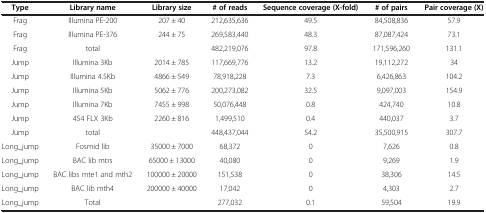
<table><thead><tr><td><b>Type</b></td><td><b>Library name</b></td><td><b>Library size</b></td><td><b># of reads</b></td><td><b>Sequence coverage (X-fold)</b></td><td><b># of pairs</b></td><td><b>Pair coverage (X)</b></td></tr></thead><tbody><tr><td>Frag</td><td>Illumina PE-200</td><td>207 ± 40</td><td>212,635,636</td><td>49.5</td><td>84,508,836</td><td>57.9</td></tr><tr><td>Frag</td><td>Illumina PE-376</td><td>244 ± 75</td><td>269,583,440</td><td>48.3</td><td>87,087,424</td><td>73.1</td></tr><tr><td>Frag</td><td>total</td><td> </td><td>482,219,076</td><td>97.8</td><td>171,596,260</td><td>131.1</td></tr><tr><td>Jump</td><td>Illumina 3Kb</td><td>2014 ± 785</td><td>117,669,776</td><td>13.2</td><td>19,112,272</td><td>34</td></tr><tr><td>Jump</td><td>Illumina 4.5Kb</td><td>4866 ± 549</td><td>78,918,228</td><td>7.3</td><td>6,426,863</td><td>104.2</td></tr><tr><td>Jump</td><td>Illumina 5Kb</td><td>5062 ± 776</td><td>200,273,082</td><td>32.5</td><td>9,097,003</td><td>154.9</td></tr><tr><td>Jump</td><td>Illumina 7Kb</td><td>7455 ± 998</td><td>50,076,448</td><td>0.8</td><td>424,740</td><td>10.8</td></tr><tr><td>Jump</td><td>454 FLX 3Kb</td><td>2260 ± 816</td><td>1,499,510</td><td>0.4</td><td>440,037</td><td>3.7</td></tr><tr><td>Jump</td><td>total</td><td> </td><td>448,437,044</td><td>54.2</td><td>35,500,915</td><td>307.7</td></tr><tr><td>Long_jump</td><td>Fosmid lib</td><td>35000 ± 7000</td><td>68,372</td><td>0</td><td>7,626</td><td>0.8</td></tr><tr><td>Long_jump</td><td>BAC lib mtrs</td><td>65000 ± 13000</td><td>40,080</td><td>0</td><td>9,269</td><td>1.9</td></tr><tr><td>Long_jump</td><td>BAC libs mte1 and mth2</td><td>100000 ± 20000</td><td>151,538</td><td>0</td><td>38,306</td><td>14.5</td></tr><tr><td>Long_jump</td><td>BAC lib mth4</td><td>200000 ± 40000</td><td>17,042</td><td>0</td><td>4,303</td><td>2.7</td></tr><tr><td>Long_jump</td><td>Total</td><td> </td><td>277,032</td><td>0.1</td><td>59,504</td><td>19.9</td></tr></tbody></table>